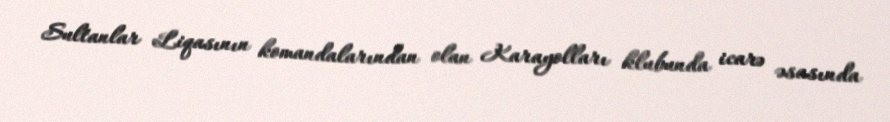
Sultanlar Liqasının komandalarından olan Karayolları klubunda icarə əsasında